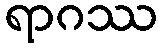
ရာဂဿ